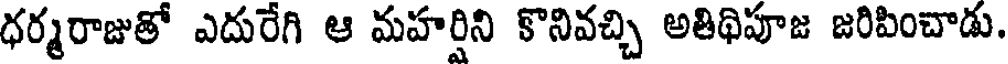
ధర్మరాజుతో ఎదురేగి ఆ మహర్షిని కొనివచ్చి అతిథిపూజ జరిపించాడు.